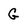
Character: G